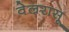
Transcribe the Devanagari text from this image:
वेल्ररासू